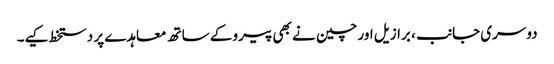
دوسری جانب ، برازیل اور چین نے بھی پیرو کے ساتھ معاہدے پر دستخط کیے۔